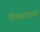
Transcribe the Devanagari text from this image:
नित्यपठणातले